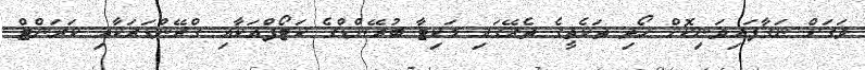
ވަގަށް ނަގާފައިވަނިކޮށް ހޯދި ތަކެތީގެ ތެރޭގައި މަކިޓާ ބުރޭންޑްގެ ކަޓޯފްއަކާއި ގްރޭންޑަަރަކާއި ކަރަންޓް